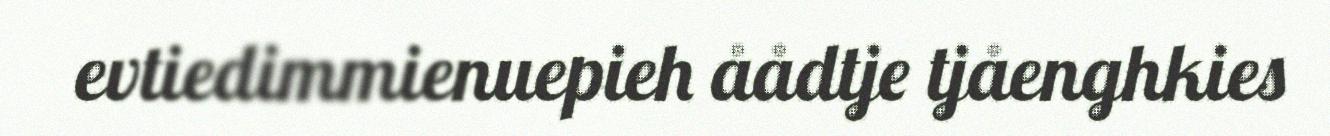
evtiedimmienuepieh åådtje tjåenghkies